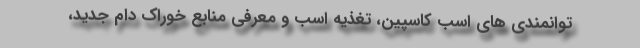
توانمندی های اسب کاسپین، تغذیه اسب و معرفی منابع خوراک دام جدید،